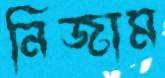
নিজাম